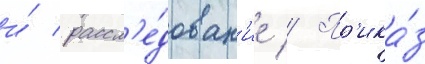
и́ рассл'е́дован'ие // Пр'ика́з